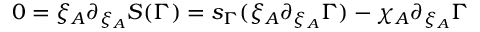
0 = \xi _ { A } \partial _ { \xi _ { A } } { \cal S } ( \Gamma ) = s _ { \Gamma } ( \xi _ { A } \partial _ { \xi _ { A } } \Gamma ) - \chi _ { A } \partial _ { \xi _ { A } } \Gamma